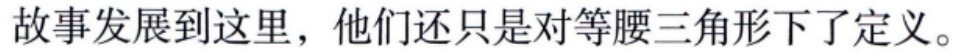
故事发展到这里，他们还只是对等腰三角形下了定义。